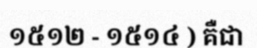
១៥១២ - ១៥១៤ ) គឺជា